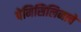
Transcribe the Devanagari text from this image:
पेनिसिलिनाचे